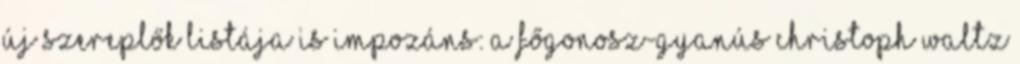
új szereplők listája is impozáns: a főgonosz-gyanús Christoph Waltz